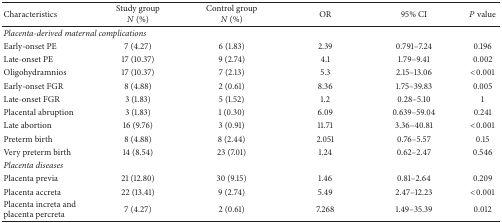
<table><thead><tr><td><b>Characteristics</b></td><td><b>Study group <i>N</i> (%)</b></td><td><b>Control group <i>N</i> (%)</b></td><td><b>OR</b></td><td><b>95% CI</b></td><td><b><i>P</i> value</b></td></tr></thead><tbody><tr><td colspan="6"><i>Placenta-derived maternal complications</i></td></tr><tr><td>Early-onset PE</td><td>7 (4.27)</td><td>6 (1.83)</td><td>2.39</td><td>0.791–7.24</td><td>0.196</td></tr><tr><td>Late-onset PE</td><td>17 (10.37)</td><td>9 (2.74)</td><td>4.1</td><td>1.79–9.41</td><td>0.002</td></tr><tr><td>Oligohydramnios</td><td>17 (10.37)</td><td>7 (2.13)</td><td>5.3</td><td>2.15–13.06</td><td>&lt;0.001</td></tr><tr><td>Early-onset FGR</td><td>8 (4.88)</td><td>2 (0.61)</td><td>8.36</td><td>1.75–39.83</td><td>0.005</td></tr><tr><td>Late-onset FGR</td><td>3 (1.83)</td><td>5 (1.52)</td><td>1.2</td><td>0.28–5.10</td><td>1</td></tr><tr><td>Placental abruption</td><td>3 (1.83)</td><td>1 (0.30)</td><td>6.09</td><td>0.639–59.04</td><td>0.241</td></tr><tr><td>Late abortion</td><td>16 (9.76)</td><td>3 (0.91)</td><td>11.71</td><td>3.36–40.81</td><td>&lt;0.001</td></tr><tr><td>Preterm birth</td><td>8 (4.88)</td><td>8 (2.44)</td><td>2.051</td><td>0.76–5.57</td><td>0.15</td></tr><tr><td>Very preterm birth</td><td>14 (8.54)</td><td>23 (7.01)</td><td>1.24</td><td>0.62–2.47</td><td>0.546</td></tr><tr><td colspan="6"><i>Placenta diseases</i></td></tr><tr><td>Placenta previa</td><td>21 (12.80)</td><td>30 (9.15)</td><td>1.46</td><td>0.81–2.64</td><td>0.209</td></tr><tr><td>Placenta accreta</td><td>22 (13.41)</td><td>9 (2.74)</td><td>5.49</td><td>2.47–12.23</td><td>&lt;0.001</td></tr><tr><td>Placenta increta and placenta percreta</td><td>7 (4.27)</td><td>2 (0.61)</td><td>7.268</td><td>1.49–35.39</td><td>0.012</td></tr></tbody></table>